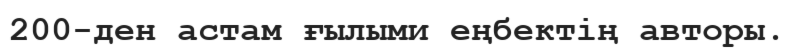
200-ден астам ғылыми еңбектің авторы.